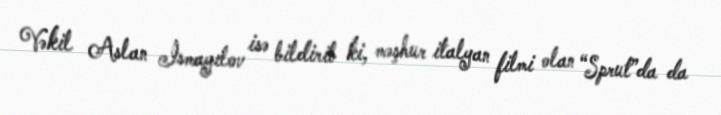
Vəkil Aslan İsmayılov isə bildirib ki, məşhur italyan filmi olan “Sprut”da da